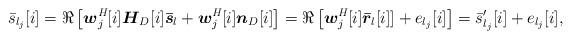
LaTeX: \begin{align*} {\bar s}_{l_j}[i] = \Re\left[{\boldsymbol w}^\emph{H}_j[i]{\boldsymbol H}_D[i]{\boldsymbol {\bar{s}}}_l + {\boldsymbol w}^\emph{H}_j[i]{\boldsymbol n}_D[i]\right] = \Re\left[{\boldsymbol w}^\emph{H}_j[i]\boldsymbol {\bar{r}}_l[i]]+ e_{l_j}[i]\right]=\bar{s}'_{l_j}[i] + e_{l_j}[i],\end{align*}